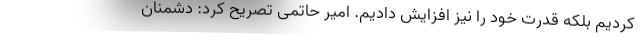
کردیم بلکه قدرت خود را نیز افزایش دادیم. امیر حاتمی تصریح کرد: دشمنان